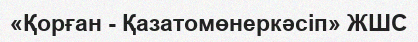
«Қорған - Қазатомөнеркәсіп» ЖШС